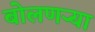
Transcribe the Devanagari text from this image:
बोलणऱ्या